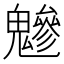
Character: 𩴑